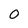
Character: 0